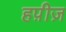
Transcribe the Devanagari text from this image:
हप़ीज़